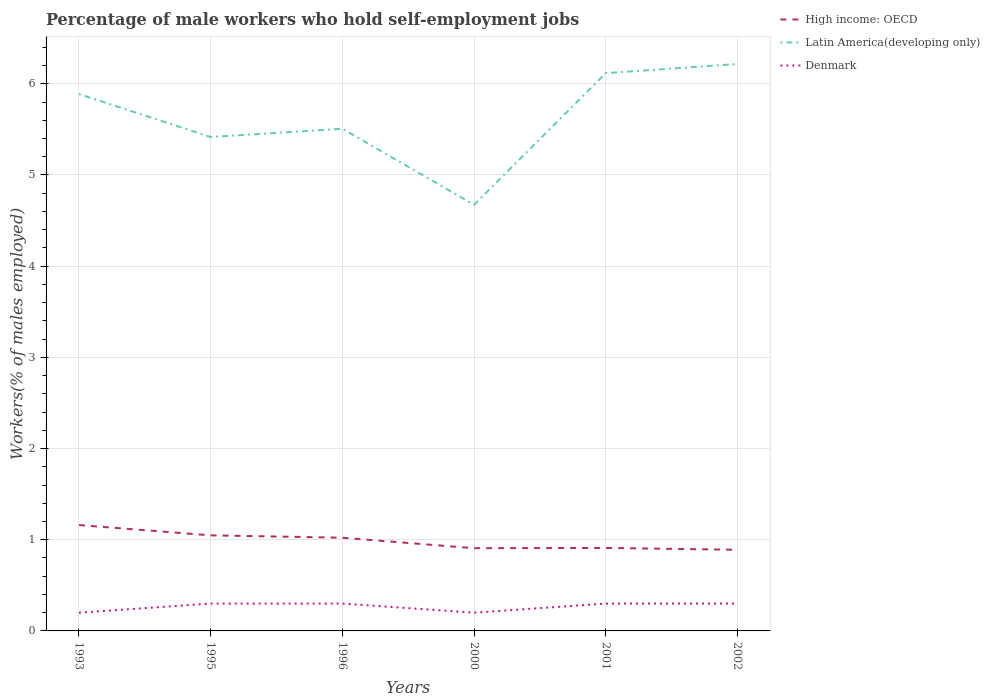
| Years | High income: OECD | Latin America(developing only) | Denmark |
 | --- | --- | --- | --- |
 | 1993 | 1.16 | 5.89 | 0.2 |
 | 1995 | 1.05 | 5.42 | 0.3 |
 | 1996 | 1.02 | 5.51 | 0.3 |
 | 2000 | 0.907 | 4.67 | 0.2 |
 | 2001 | 0.91 | 6.12 | 0.3 |
 | 2002 | 0.89 | 6.22 | 0.3 |